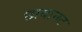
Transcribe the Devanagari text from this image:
छायानट